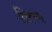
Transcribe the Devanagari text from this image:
शिरण्या